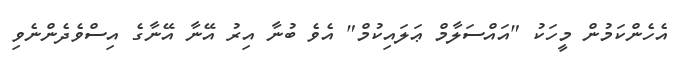
އެހެންކަމުން މީހަކު "އައްސަލާމް ޢަލައިކުމް" އެވެ ބުނާ އިރު އޭނާ އޭނާގެ އިސްވެދެންނެވި